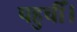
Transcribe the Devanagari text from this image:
पहुचीँ।